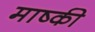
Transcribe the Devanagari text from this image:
माष्की